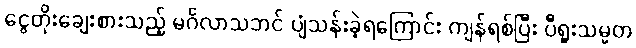
ငွေတိုးချေးစားသည့် မင်္ဂလာသဘင် ပျံသန်းခဲ့ရကြောင်း ကျန်ရစ်ပြီး ပီရူးသမ္မတ